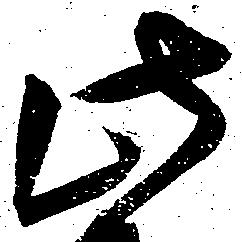
此